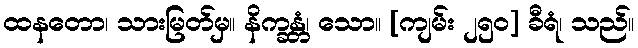
ထနတော၊ သားမြတ်မှ။ နိက္ခန္တံ၊ သော။ [ကျမ်း ၂၅၀] ခီရံ၊ သည်။